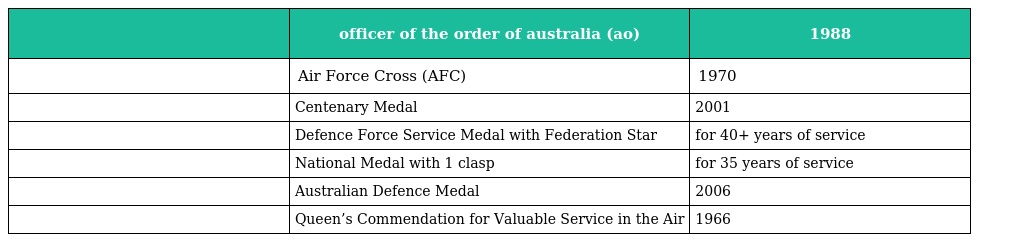
|  | officer of the order of australia (ao) | 1988 |
 | --- | --- | --- |
 |  | Air Force Cross (AFC) | 1970 |
 |  | Centenary Medal | 2001 |
 |  | Defence Force Service Medal with Federation Star | for 40+ years of service |
 |  | National Medal with 1 clasp | for 35 years of service |
 |  | Australian Defence Medal | 2006 |
 |  | Queen’s Commendation for Valuable Service in the Air | 1966 |